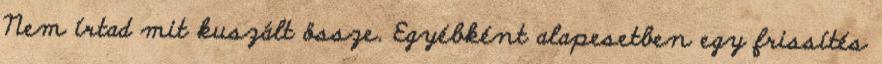
Nem írtad mit kuszált össze. Egyébként alapesetben egy frissítés